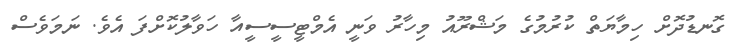
ގޮނޑުދޮށް ހިމާޔަތް ކުރުމުގެ މަޝްރޫއު މިހާރު ވަނީ އެމްޓީސީސީއާ ހަވާލުކޮށްފަ އެވެ. ނަމަވެސް